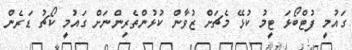
ގައުމީ ފުޓްބޯޅަ ޓީމު ކުޅޭ މެޗަށް ޒުވާން ކުޅުންތެރިންނަށް ގައުމީ ކޯޗު ޑަރެން